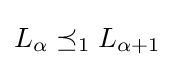
L_{\alpha }\preceq _{1}L_{\alpha +1}